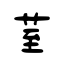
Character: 荎